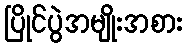
ပြိုင်ပွဲအမျိုးအစား